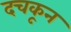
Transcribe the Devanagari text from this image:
दचकून